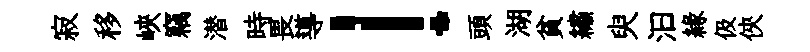
寂移峽竊潜時畏導！頭湖貧繡臾汩緣伋俠